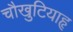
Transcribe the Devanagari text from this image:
चौखुटियाहृ